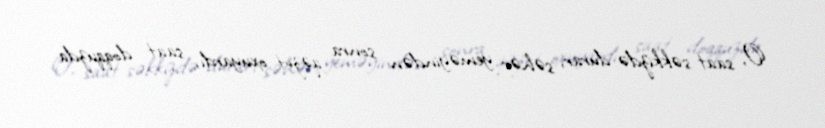
O, saat səkkizdə durar, səhər yeməyindən sonra qəzet oxuyardı, saat doqquzda